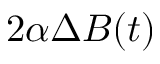
2 \alpha \Delta B ( t )